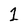
Character: 1